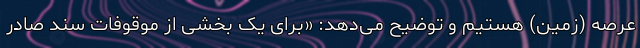
عرصه (زمین) هستیم و توضیح می‌دهد: «برای یک بخشی از موقوفات سند صادر